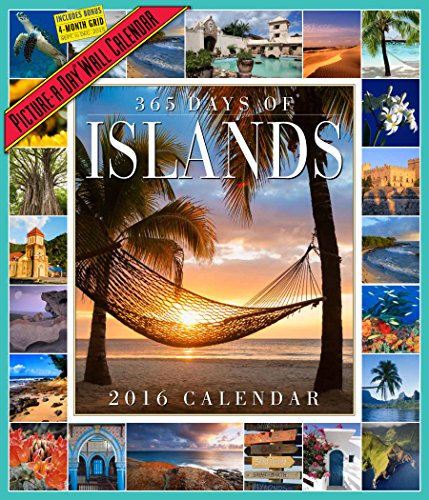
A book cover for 365 Days of Islands Picture-A-Day Wall Calendar 2016; Workman Publishing; Calendars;